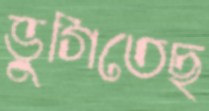
ভুগিতেছ